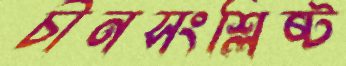
চীনসংশ্লিষ্ট